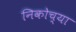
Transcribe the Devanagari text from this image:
निकोच्या